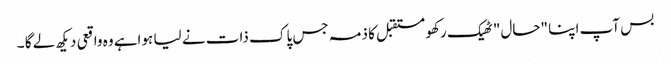
بس آپ اپنا "حال" ٹھیک رکھو مستقبل کا ذمہ جس پاک ذات نے لیا ہواہے وہ واقعی دیکھ لے گا ۔